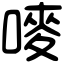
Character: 嘜